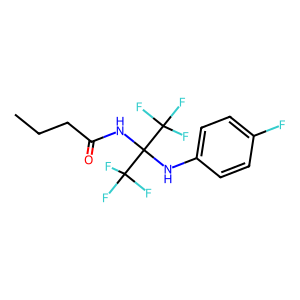
SMILES: CCCC(=O)NC(Nc1ccc(F)cc1)(C(F)(F)F)C(F)(F)F
Inhibits HIV replication: No